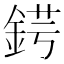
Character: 𨧈